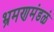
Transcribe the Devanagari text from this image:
भ्रमणमंडळं